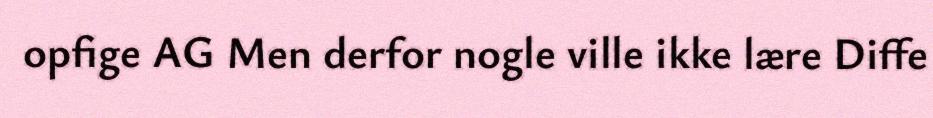
opfige AG Men derfor nogle ville ikke lære Diffe